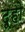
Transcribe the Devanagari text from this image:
दूहो